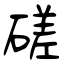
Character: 磋